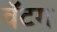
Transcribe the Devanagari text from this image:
वॅटग